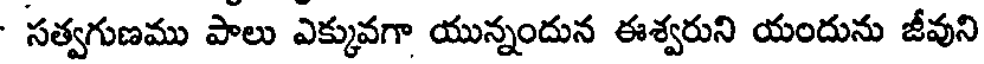
- సత్వగుణము పాలు ఎక్కువగా యున్నందున ఈశ్వరుని యందును జీవుని